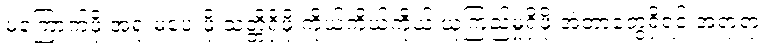
မကြောက်ဖို့ အရှုံးမပေးဖို့ သတ္တိရှိဖို့ ကိုယ့်ကိုယ်ကိုယ် ယုံကြည်မှုရှိဖို့ အဲ့တာတွေရှိရင် အရာရာ